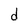
Character: d